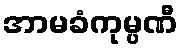
အာမခံကုမ္ပဏီ